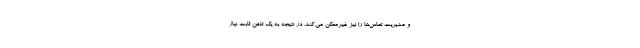
و مدیریت تماس‌ها را نیز غیرممکن می‌کند. در نتیجه به یک تلفن ثابت نیاز